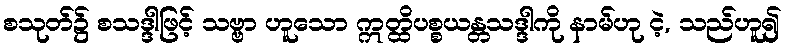
စသုတ်၌ စသဒ္ဒါဖြင့် သဗ္ဗာ ဟူသော ဣတ္ထိပစ္စယန္တသဒ္ဒါကို နာမ်ဟု ငဲ့, သည်ဟူ၍